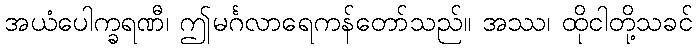
အယံပေါက္ခရဏီ၊ ဤမင်္ဂလာရေကန်တော်သည်။ အဿ၊ ထိုငါတို့သခင်